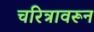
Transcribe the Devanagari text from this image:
चरित्रावरून